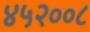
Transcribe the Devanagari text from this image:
४५२००८